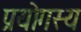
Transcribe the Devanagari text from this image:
प्रयोगस्य